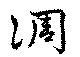
淍